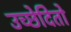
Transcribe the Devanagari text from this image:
उच्छेदितो